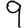
Digit: 9